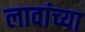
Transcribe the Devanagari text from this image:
लावांच्या